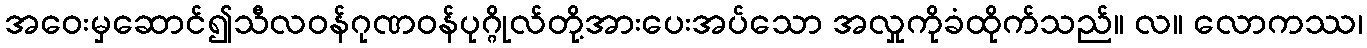
အဝေးမှဆောင်၍သီလဝန်ဂုဏဝန်ပုဂ္ဂိုလ်တို့အားပေးအပ်သော အလှုကိုခံထိုက်သည်။ လ။ လောကဿ၊